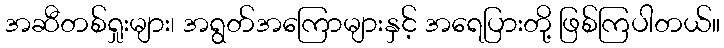
အဆီတစ်ရှုးများ၊ အရွတ်အကြောများနှင့် အရေပြားတို့ ဖြစ်ကြပါတယ်။